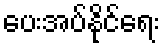
ပေးအပ်နိုင်ရေး